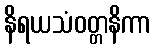
နိရယသံဝတ္တနိကာ